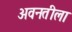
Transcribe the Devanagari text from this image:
अवनतीला